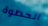
الخطوة